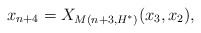
\begin{align*}x_{n+4} = X_{M(n+3, H^*)}(x_3, x_2),\end{align*}